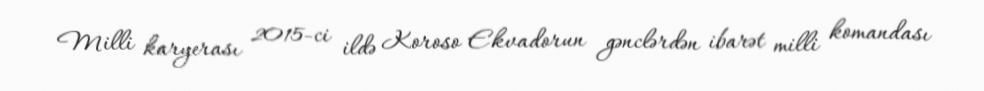
Milli karyerası 2015-ci ildə Koroso Ekvadorun gənclərdən ibarət milli komandası